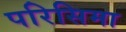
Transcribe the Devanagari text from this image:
परिसिमा